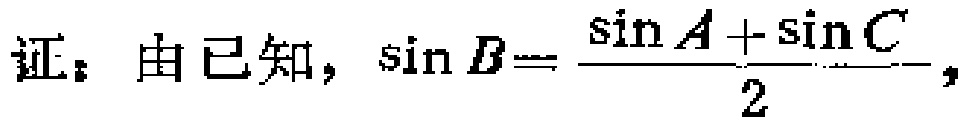
证：由已知，$\sin B = \frac{\sin A + \sin C}{2}$，